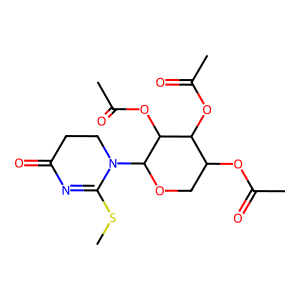
SMILES: CSC1=NC(=O)CCN1C1OCC(OC(C)=O)C(OC(C)=O)C1OC(C)=O
Inhibits HIV replication: No